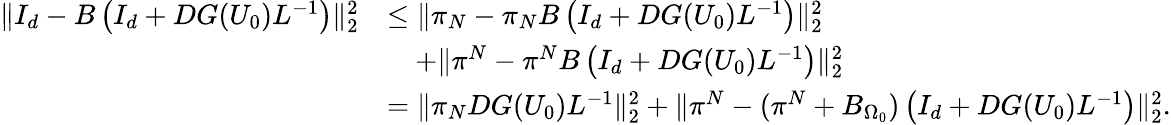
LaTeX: \begin{array}{rl}{\| I_{d}-B\left(I_{d}+DG(U_{0})L^{-1}\right)\| _{2}^{2}}&{\leq\| \pi_{N}-\pi_{N}B\left(I_{d}+DG(U_{0})L^{-1}\right)\| _{2}^{2}}\\ &{\quad+\| \pi^{N}-\pi^{N}B\left(I_{d}+DG(U_{0})L^{-1}\right)\| _{2}^{2}}\\ &{=\| \pi_{N}DG(U_{0})L^{-1}\| _{2}^{2}+\| \pi^{N}-(\pi^{N}+B_{\Omega_{0}})\left(I_{d}+DG(U_{0})L^{-1}\right)\| _{2}^{2}.}\end{array}